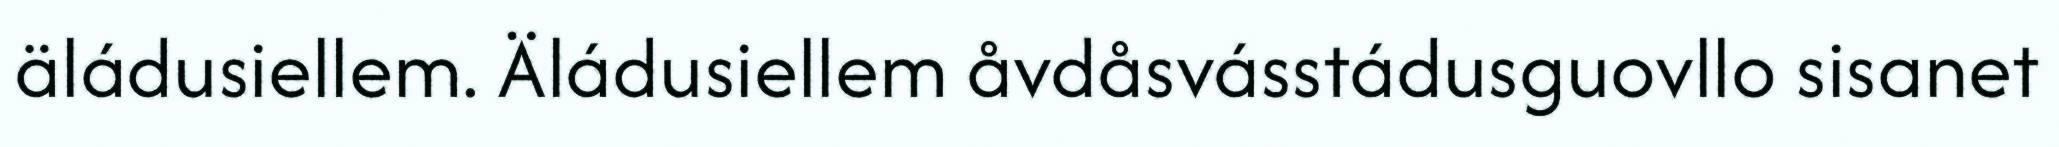
äládusiellem. Äládusiellem åvdåsvásstádusguovllo sisanet